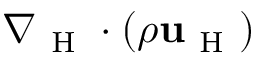
\nabla _ { \mathrm { ~ H ~ } } \cdot ( \rho \mathbf { u } _ { \mathrm { ~ H ~ } } )